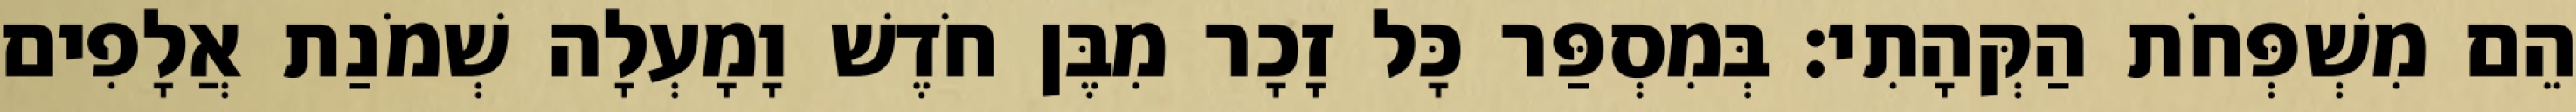
הֵם מִשְׁפְּחֹת הַקְּהָתִי׃ בְּמִסְפַּר כָּל זָכָר מִבֶּן חֹדֶשׁ וָמָעְלָה שְׁמֹנַת אֲלָפִים